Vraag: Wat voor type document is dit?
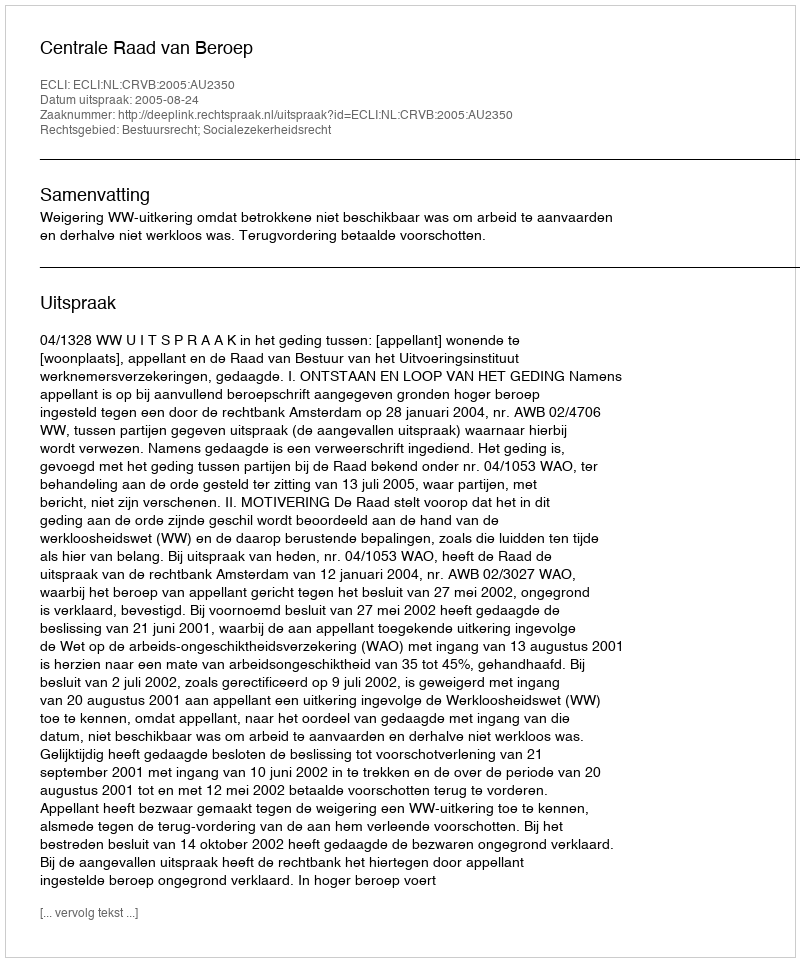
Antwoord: Uitspraak